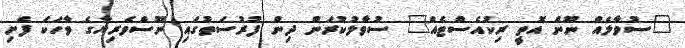
"ސުވާލެއް ނޫން އޮތީ ރިކުއެސްޓެއް" ސުވާލުކުރަން ދިން ފުރުސަތުގައި ނޫސްވެރިޔާގެ ވާހަކަ ފެށި